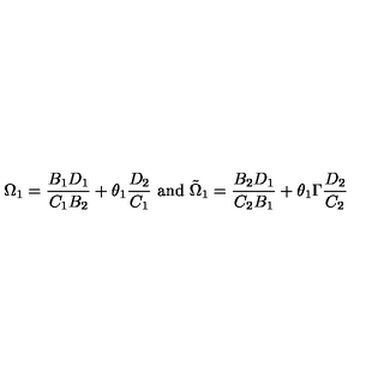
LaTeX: \Omega _ { 1 } = { \frac { B _ { 1 } D _ { 1 } } { C _ { 1 } B _ { 2 } } } + \theta _ { 1 } { \frac { D _ { 2 } } { C _ { 1 } } } \ \mathrm { a n d } \ \tilde { \Omega } _ { 1 } = { \frac { B _ { 2 } D _ { 1 } } { C _ { 2 } B _ { 1 } } } + \theta _ { 1 } \Gamma { \frac { D _ { 2 } } { C _ { 2 } } }